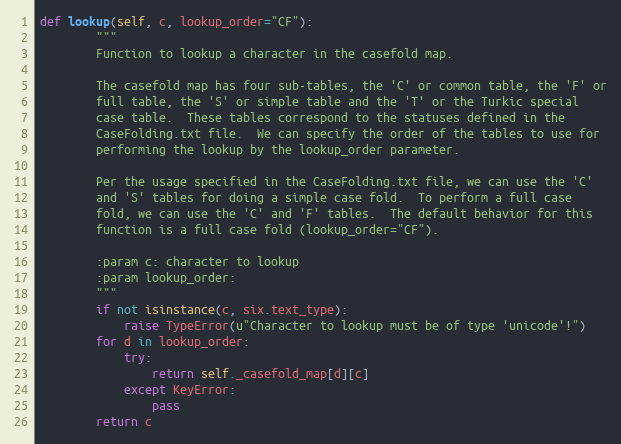
Language: Python
def lookup(self, c, lookup_order="CF"):
        """
        Function to lookup a character in the casefold map.

        The casefold map has four sub-tables, the 'C' or common table, the 'F' or
        full table, the 'S' or simple table and the 'T' or the Turkic special
        case table.  These tables correspond to the statuses defined in the
        CaseFolding.txt file.  We can specify the order of the tables to use for
        performing the lookup by the lookup_order parameter.

        Per the usage specified in the CaseFolding.txt file, we can use the 'C'
        and 'S' tables for doing a simple case fold.  To perform a full case
        fold, we can use the 'C' and 'F' tables.  The default behavior for this
        function is a full case fold (lookup_order="CF").

        :param c: character to lookup
        :param lookup_order:
        """
        if not isinstance(c, six.text_type):
            raise TypeError(u"Character to lookup must be of type 'unicode'!")
        for d in lookup_order:
            try:
                return self._casefold_map[d][c]
            except KeyError:
                pass
        return c